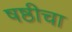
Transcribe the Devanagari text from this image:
षष्ठीचा